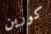
كورين